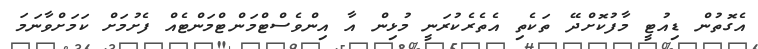
އެގޮތުން ޑިއުޓީ މާފުކޮށްދޭ ތަކެތި އެތެރެކުރަނީ މުޅިން އާ އިންވެސްޓްމަންޓްމަންޓެއް ފެށުމަށް ކަމަށްވާނަމަ